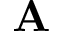
\mathbf { A }